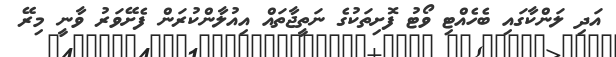
އަދި ލަންކާގައި ބެހެއްޓި ވޯޓު ފޮށިތަކުގެ ނަތީޖާތައް އިއުލާންކުރަން ފެށޭވަރު ވާނީ މިރޭ